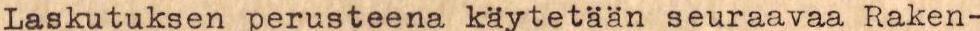
Laskutuksen perusteena käytetään seuraavaa Raken-